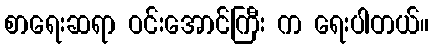
စာရေးဆရာ ဝင်းအောင်ကြီး က ရေးပါတယ်။